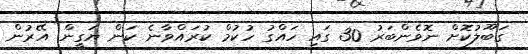
ގަބޫލުކޮށް ނޮވެންބަރު 30 ގައި ހައްގު ހުކުމް ކުރައްވާނެ ކަން ޔަގީން. އޭރުން